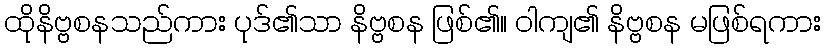
ထိုနိဗ္ဗစနသည်ကား ပုဒ်၏သာ နိဗ္ဗစန ဖြစ်၏။ ဝါကျ၏ နိဗ္ဗစန မဖြစ်ရကား